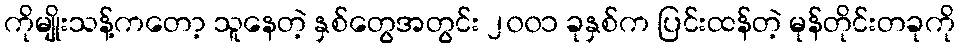
ကိုမျိုးသန့်ကတော့ သူနေတဲ့ နှစ်တွေအတွင်း ၂၀၀၁ ခုနှစ်က ပြင်းထန်တဲ့ မုန်တိုင်းတခုကို